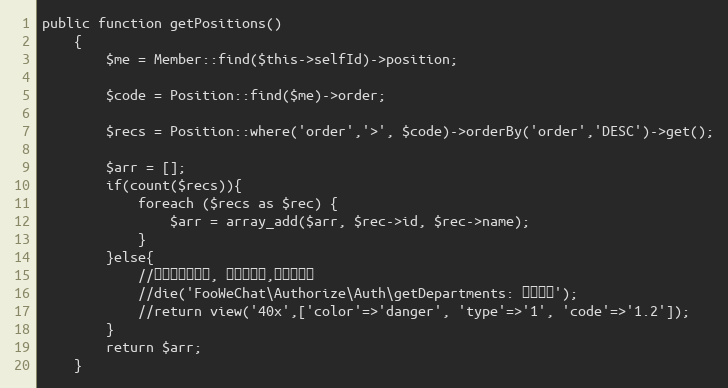
Language: PHP
public function getPositions()
	{
		$me = Member::find($this->selfId)->position;

		$code = Position::find($me)->order;

		$recs = Position::where('order','>', $code)->orderBy('order','DESC')->get();

		$arr = [];
		if(count($recs)){
			foreach ($recs as $rec) {
				$arr = array_add($arr, $rec->id, $rec->name);
			}
		}else{
			//最低职位的人员, 无管辖职位,返回空数组
			//die('FooWeChat\Authorize\Auth\getDepartments: 记录异常');
			//return view('40x',['color'=>'danger', 'type'=>'1', 'code'=>'1.2']);
		}
		return $arr;
	}